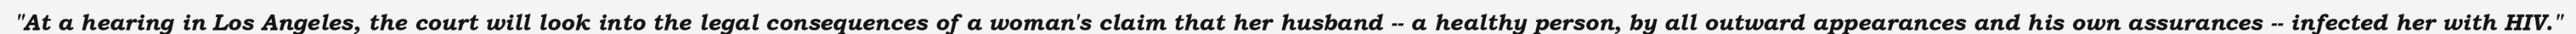
"At a hearing in Los Angeles, the court will look into the legal consequences of a woman's claim that her husband -- a healthy person, by all outward appearances and his own assurances -- infected her with HIV."